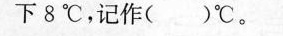
下8℃，记作( )℃。